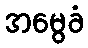
အမွေခံ